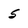
Character: 5